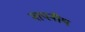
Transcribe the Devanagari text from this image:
नापनीय